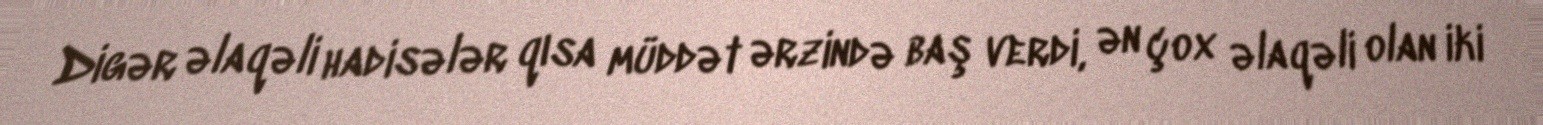
Digər əlaqəli hadisələr qısa müddət ərzində baş verdi, ən çox əlaqəli olan iki